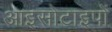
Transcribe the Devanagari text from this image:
आइसोटाइपों